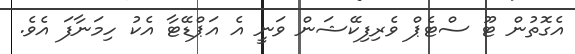
އެގޮތުން ޓޫ ސްޓެޕް ވެރިފިކޭޝަން ވަނީ އެ އަޕްޑޭޓާ އެކު ހިމަނާފަ އެވެ.